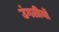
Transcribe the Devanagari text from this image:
उंगलीयों